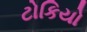
ટોકિયો